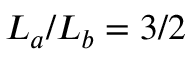
L _ { a } / L _ { b } = 3 / 2